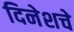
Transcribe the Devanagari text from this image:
दिनेशचे